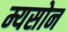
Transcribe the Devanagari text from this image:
म्यसोन